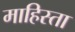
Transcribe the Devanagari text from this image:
माहिस्ता